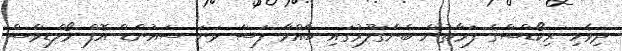
ދިވެހި ރިކޯޑްސްގެ ފަރާތުން ބެންގަލޫރުގައި ބާއްވާ ފަސް ވަނަ ސައުންޑް އޮފް މޯލްޑިވްސް